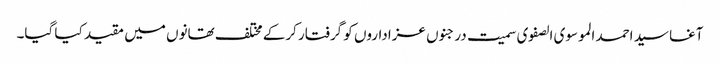
آغا سید احمد الموسوی الصفوی سمیت درجنوں عزاداروں کو گرفتار کرکے مختلف تھانوں میں مقید کیا گیا۔